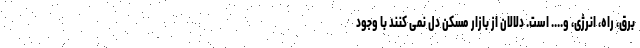
برق، راه، انرژی، و.... است. دلالان از بازار مسکن دل نمی کنند با وجود